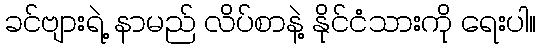
ခင်ဗျားရဲ့ နာမည် လိပ်စာနဲ့ နိုင်ငံသားကို ရေးပါ။